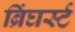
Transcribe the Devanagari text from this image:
ब्रिंघर्स्‍ट